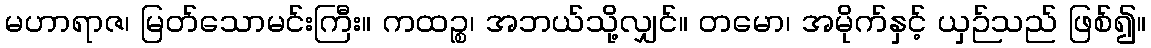
မဟာရာဇ၊ မြတ်သောမင်းကြီး။ ကထဉ္စ၊ အဘယ်သို့လျှင်။ တမော၊ အမိုက်နှင့် ယှဉ်သည် ဖြစ်၍။